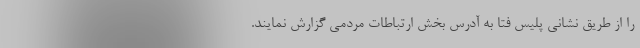
را از طریق نشانی پلیس فتا به آدرس بخش ارتباطات مردمی گزارش نمایند.